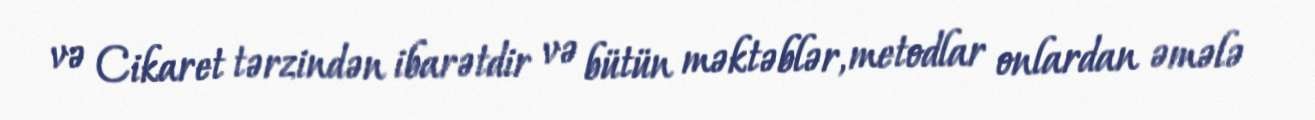
və Cikaret tərzindən ibarətdir və bütün məktəblər, metodlar onlardan əmələ